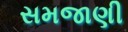
સમજાણી